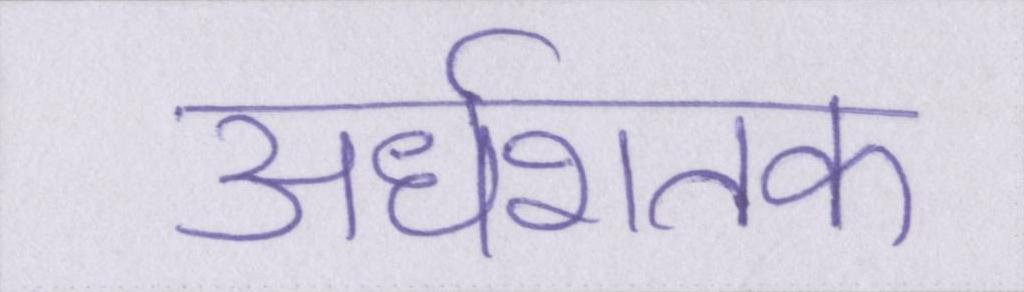
अर्धशतक